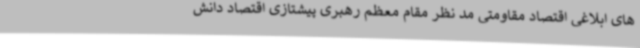
های ابلاغی اقتصاد مقاومتی مد نظر مقام معظم رهبری پیشتازی اقتصاد دانش